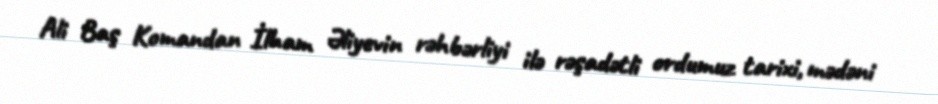
Ali Baş Komandan İlham Əliyevin rəhbərliyi ilə rəşadətli ordumuz tarixi, mədəni